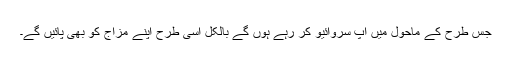
جس طرح کے ماحول میں آپ سروائیو کر رہے ہوں گے بالکل اسی طرح اپنے مزاج کو بھی پائیں گے۔